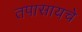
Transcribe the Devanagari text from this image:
तपासायचे